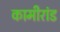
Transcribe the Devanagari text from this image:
कामीरांड